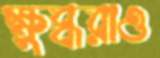
ক্ষুব্ধরাও